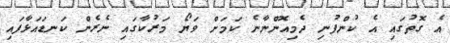
އެ ގޮތުގައި އެ ކުންފުނި ދެމިއޮންނާނެ ކަމަށް ވަޔޯ މަރުކާގައި ނެރެން ކަނޑައަޅާފައި